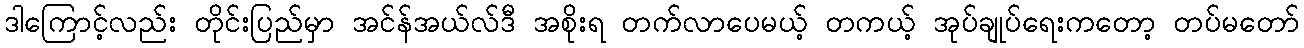
ဒါကြောင့်လည်း တိုင်းပြည်မှာ အင်န်အယ်လ်ဒီ အစိုးရ တက်လာပေမယ့် တကယ့် အုပ်ချုပ်ရေးကတော့ တပ်မတော်